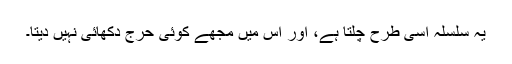
یہ سلسلہ اسی طرح چلتا ہے، اور اس میں مجھے کوئی حرج دکھائی نہیں دیتا۔